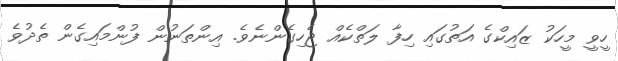
ހީވީ މީހަކު ޒައިކްގެ އަތުގައި ހިފާ ލަތްކެއް ޖެހިގެންނެވެ. އިންތަނުން ފުންމައިގެން ތެދުވެ